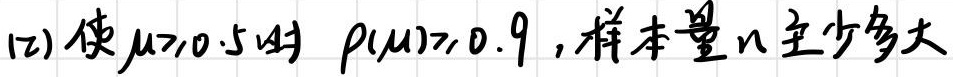
(2) 使 $\mu \geq 0.5$ 时 $p(\mu)\geq 0.9$，样本量 $n$ 至少多大